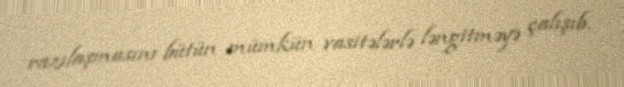
razılaşmasını bütün mümkün vasitələrlə ləngitməyə çalışıb.